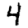
Digit: 4